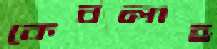
কেবলাহ